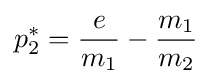
p_{2}^{*}={\frac {e}{m_{1}}}-{\frac {m_{1}}{m_{2}}}